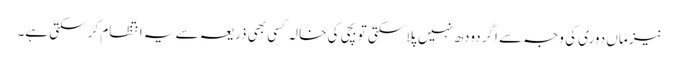
نیز ماں دوری کی وجہ سے اگر دودھ نہیں پلا سکتی تو بچی کی خالہ کسی بھی ذریعہ سے یہ انتظام کر سکتی ہے۔